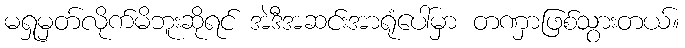
မရှုမှတ်လိုက်မိဘူးဆိုရင် အဲဒီအဆင်းအာရုံပေါ်မှာ တဏှာဖြစ်သွားတယ်။